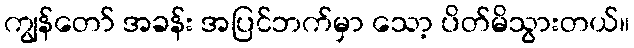
ကျွန်တော် အခန်း အပြင်ဘက်မှာ သော့ ပိတ်မိသွားတယ်။